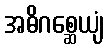
အဓိဂစ္ဆေယျံ